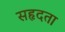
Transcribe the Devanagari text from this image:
सहृदता